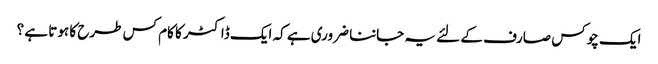
ایک چوکس صارف کے لئے یہ جاننا ضروری ہے کہ ایک ڈاکٹر کا کام کس طرح کا ہوتا ہے ؟